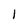
Character: 1